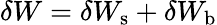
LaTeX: \delta W=\delta W_{\mathrm{s}}+\delta W_{\mathrm{b}}